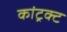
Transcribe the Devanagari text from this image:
कांट्रक्ट